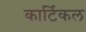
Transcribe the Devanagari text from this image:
कार्टिकल